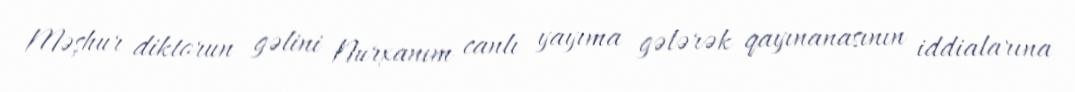
Məşhur diktorun gəlini Nurxanım canlı yayıma gələrək qayınanasının iddialarına